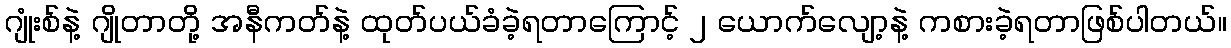
ဂျုံးစ်နဲ့ ဂျိုတာတို့ အနီကတ်နဲ့ ထုတ်ပယ်ခံခဲ့ရတာကြောင့် ၂ ယောက်လျော့နဲ့ ကစားခဲ့ရတာဖြစ်ပါတယ်။